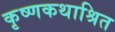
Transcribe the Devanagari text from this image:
कृष्णकथाश्रित